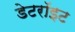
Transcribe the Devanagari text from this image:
डेटरॉइट